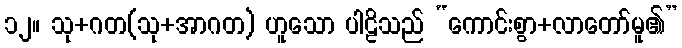
၁၂။ သု+ဂတ(သု+အာဂတ) ဟူသော ပါဠိသည် “ကောင်းစွာ+လာတော်မူ၏”